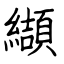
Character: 纈